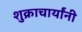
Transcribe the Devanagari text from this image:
शुक्राचार्यांनी